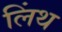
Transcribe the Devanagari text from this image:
लिंथ